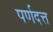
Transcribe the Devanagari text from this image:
पर्णदत्त